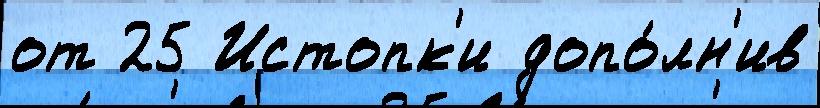
от 25 Истопк'и допо́лн'ив